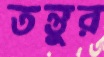
তন্তুর